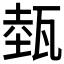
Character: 𤭝